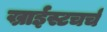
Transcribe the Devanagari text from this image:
ख्राईस्टचर्च